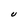
Character: U